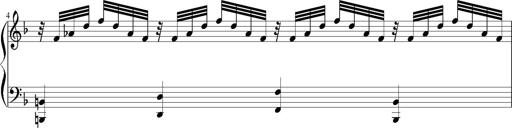
Title: 12 Sonatinas for Piano
Composer: Johann Baptist Vanhal